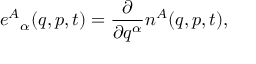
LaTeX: e ^ { A } { } _ { \alpha } ( q , p , t ) = \frac { \partial } { \partial q ^ { \alpha } } n ^ { A } ( q , p , t ) ,